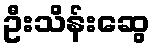
ဦးသိန်းဆွေ